system: You are a helpful assistant.
user:
Analyze the provided spectrum to determine if it is a **Carbon Star (C-type)**.

- **Key Visual Indicators of Carbon Star:**
    - **(Primary):** Strong molecular absorption from **C₂ (diatomic carbon) "Swan Bands."** This is the **defining feature** of a carbon star.
        - **(Key Bandheads):** Sharp absorption edges are visible at approximately $5635$ Å, $5165$ Å (the strongest band), and $4737$ Å.
        - **(Line Profile):** Creates a distinct **"saw-tooth"** pattern. The key morphology is a sharp, steep bandhead on the **red (long-wavelength) side**, which then gradually tapers off (i.e., flux recovers) towards the **blue (short-wavelength) side**. *(This is the direct opposite of the TiO bands seen in M-type stars)*.

    - **(Secondary):** Intense **CN (cyanogen)** molecular absorption bands.
        - **(Key Bandheads):** Located in the blue and violet regions of the spectrum (e.g., near $4215$ Å and $3883$ Å).
        - **(Morphology):** These bands are extremely broad and act as a "blanket," absorbing the vast majority of blue and violet light. This creates a characteristic **"cliff"** or **"steep drop-off"** in the spectrum's flux at short wavelengths.

    - **(Key Confirmation):** Strong **CH absorption band (G-band)**.
        - **(Key Bandhead):** Located around $4300$ Å. The contribution from CH molecules to this band is exceptionally strong.

    - **(Overall Spectrum):**
        - The continuum is severely "chopped up" by these deep molecular bands, especially C₂, rather than appearing as a smooth curve.
        - Due to the heavy CN and C₂ absorption in the blue-green, the vast majority of the star's flux is concentrated in the red part of the spectrum, giving the star its characteristic deep red color.

Think first, call **spectral_visualization_tool** if needed to examine features in detail, then provide your final answer. Your response must adhere to the following strict rules:
1.  **Overall Structure:** Your response must follow the format `<think>...</think> <tool_call>...</tool_call> (if a tool is used) <answer>...</answer>`.
2.  **Tool Usage Constraint:** You may only make **one** tool call per turn.
3.  **Final Answer Format:** In the `<answer>` tag, your conclusion must be inside a `\boxed{}` command (e.g., `\boxed{YES}`), followed by your justification.

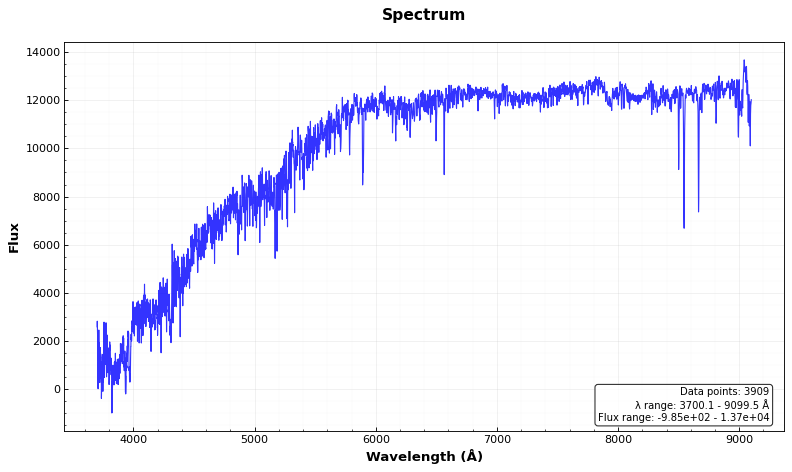
Answer: NO